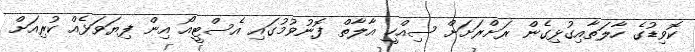
ކޮވިޑުގެ ހާލަތާއިގުޅިގެން ރަށްރަށަށް ސިއްހީ އާލާތް ފޮނުވުމުގައި އެސްޓީއޯ އިން ފިޔަވަޅެއް ކުރިއަށް